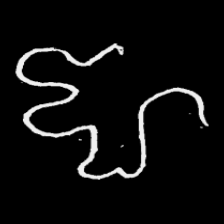
Pyu character \u2014 Myanmar letter: ဈ (romanized: jha)